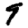
Digit: 9